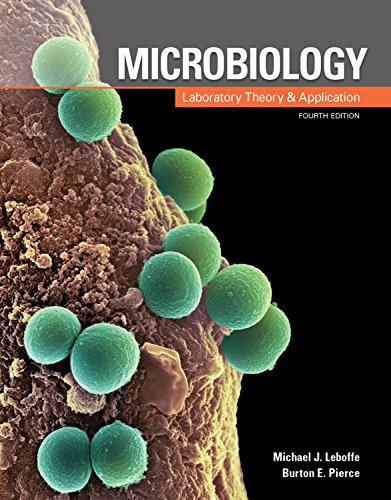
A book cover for Microbiology: Laboratory Theory and Application; Michael J. Leboffe; Medical Books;